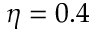
\eta = 0 . 4